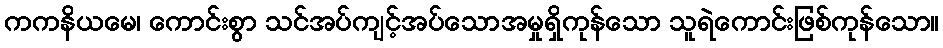
ကကနိယမေ၊ ကောင်းစွာ သင်အပ်ကျင့်အပ်သောအမှုရှိကုန်သော သူရဲကောင်းဖြစ်ကုန်သော။